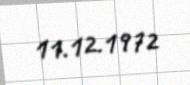
11.12.1972